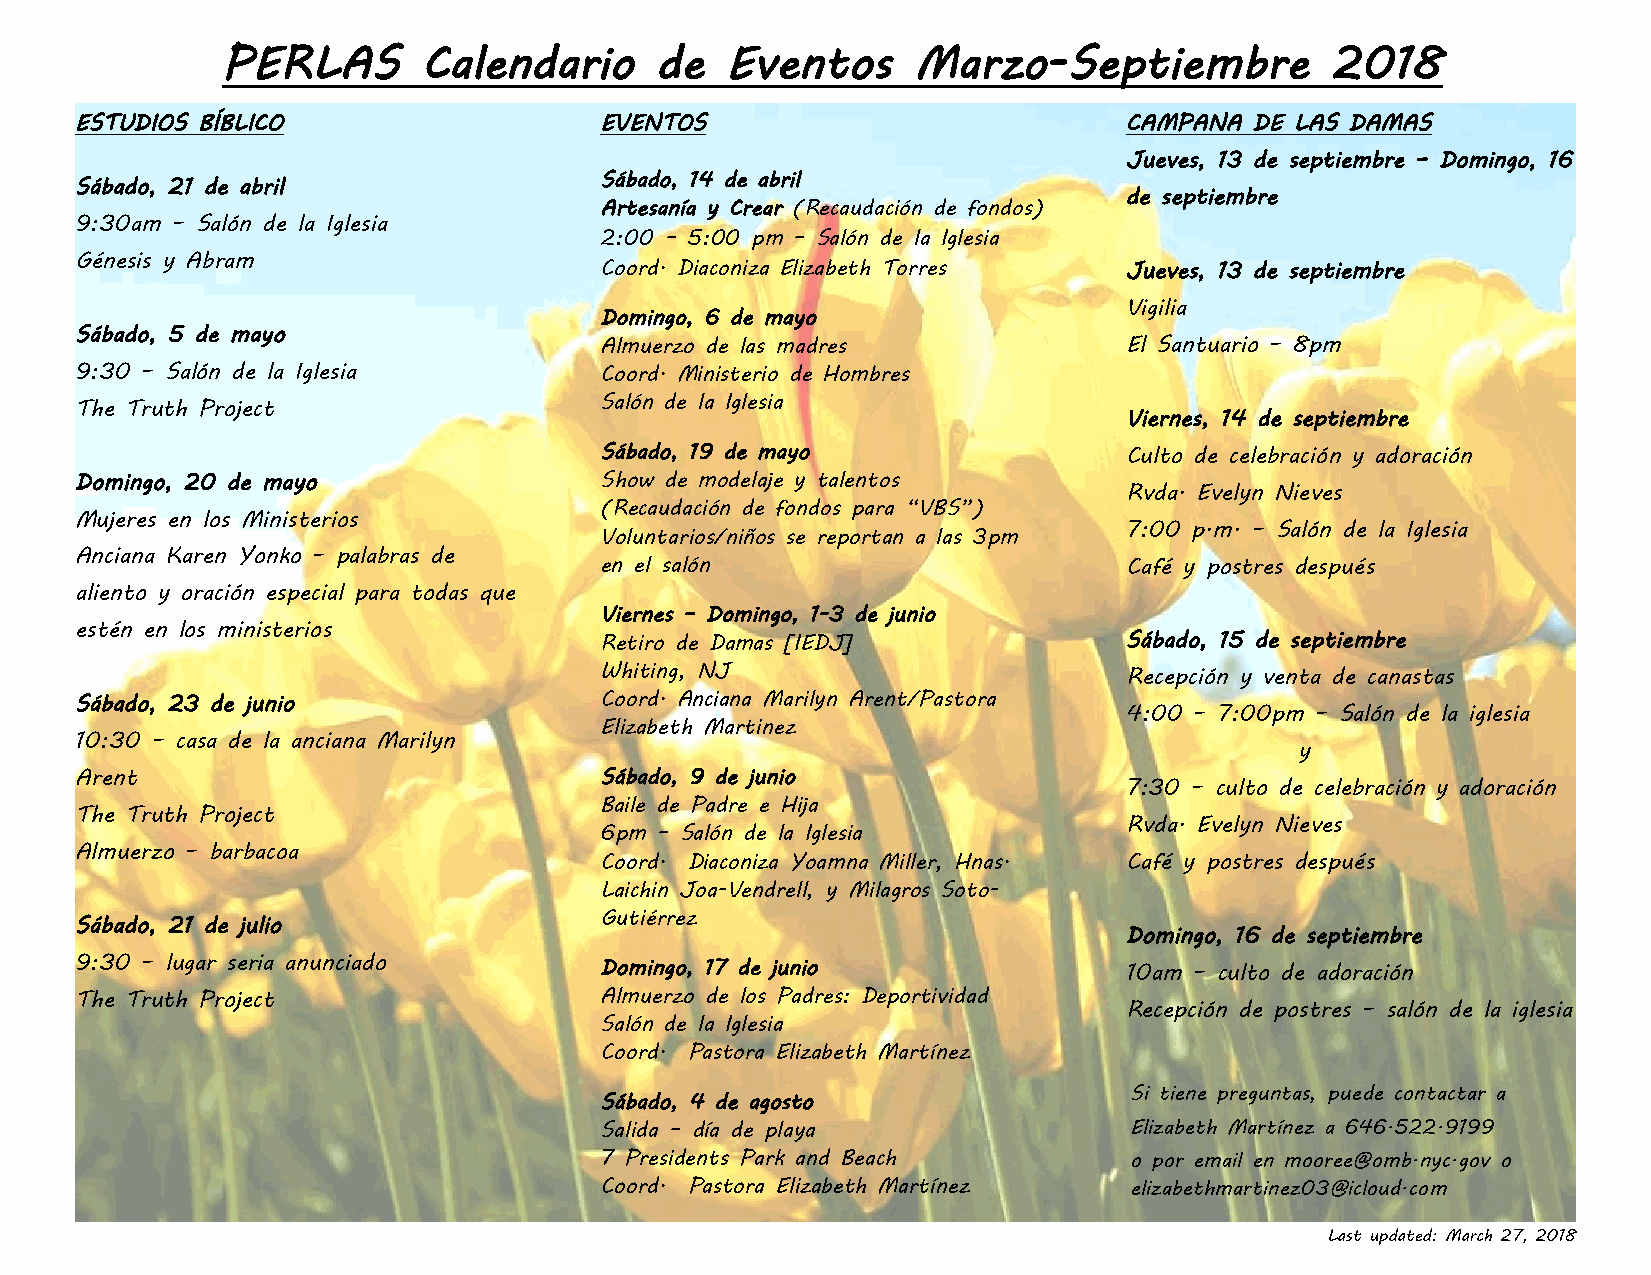
PERLAS       Calendario     de   Eventos      Marzo-Septiembre           2018
 ESTUDIOS BÍBLICO                   EVENTOS                           CAMPANA  DE LAS DAMAS
 Jueves, 13 de septiembre – Domingo, 16
 Sábado, 14 de abril
 Sábado, 21 de abril
 de septiembre
 Artesanía y Crear (Recaudación de fondos)
 9:30am – Salón de la Iglesia
 2:00 – 5:00 pm – Salón de la Iglesia
 Génesis y Abram
 Coord. Diaconiza Elizabeth Torres Jueves, 13 de septiembre
 Vigilia
 Domingo, 6 de mayo
 Sábado, 5 de mayo
 Almuerzo de las madres            El Santuario – 8pm
 9:30 – Salón de la Iglesia         Coord. Ministerio de Hombres
 The Truth Project                  Salón de la Iglesia
 Viernes, 14 de septiembre
 Sábado, 19 de mayo                Culto de celebración y adoración
 Domingo, 20 de mayo                Show de modelaje y talentos
 Rvda. Evelyn Nieves
 (Recaudación de fondos para “VBS”)
 Mujeres en los Ministerios
 7:00 p.m. – Salón de la Iglesia
 Voluntarios/niños se reportan a las 3pm
 Anciana Karen Yonko – palabras de
 en el salón                       Café y postres después
 aliento y oración especial para todas que
 Viernes – Domingo, 1-3 de junio
 estén en los ministerios
 Retiro de Damas [IEDJ]            Sábado, 15 de septiembre
 Whiting, NJ                       Recepción y venta de canastas
 Sábado, 23 de junio                Coord. Anciana Marilyn Arent/Pastora
 4:00 – 7:00pm – Salón de la iglesia
 Elizabeth Martinez
 10:30 – casa de la anciana Marilyn
 y
 Arent                              Sábado, 9 de junio
 7:30 – culto de celebración y adoración
 Baile de Padre e Hija
 The Truth Project
 Rvda. Evelyn Nieves
 6pm – Salón de la Iglesia
 Almuerzo – barbacoa
 Coord. Diaconiza Yoamna Miller, Hnas. Café y postres después
 Laichin Joa-Vendrell, y Milagros Soto-
 Gutiérrez
 Sábado, 21 de julio
 Domingo, 16 de septiembre
 9:30 – lugar seria anunciado       Domingo, 17 de junio              10am – culto de adoración
 The Truth Project                  Almuerzo de los Padres: Deportividad
 Recepción de postres – salón de la iglesia
 Salón de la Iglesia
 Coord. Pastora Elizabeth Martínez
 Si tiene preguntas, puede contactar a
 Sábado, 4 de agosto
 Salida – día de playa              Elizabeth Martínez a 646.522.9199
 7 Presidents Park and Beach        o por email en mooree@omb.nyc.gov o
 Coord. Pastora Elizabeth Martínez  elizabethmartinez03@icloud.com
 Last updated: March 27, 2018